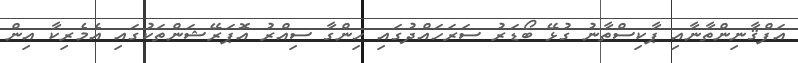
އަފްޤާނިންތާނާއި ޕާކިސްތާނު ގުޅޭ ބޯޑަރު ސަރަހައްދުގައި ހިންގާ ސިއްރު އޮޕަރޭޝަންތަކުގައި އެމެރިކާ އިން